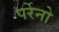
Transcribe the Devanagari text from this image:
पर्रेनो